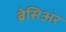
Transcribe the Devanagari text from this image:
ब्रेसिअर